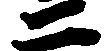
二